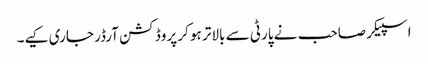
اسپیکر صاحب نے پارٹی سے بالاتر ہو کر پروڈکشن آرڈر جاری کیے۔